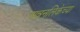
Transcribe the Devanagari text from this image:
अन्ननलिकेच्या